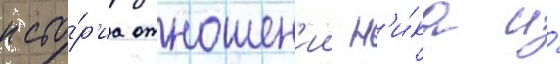
исто́р'иа отношен'ии н'и́ка и́